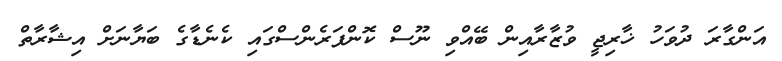
އަންގާރަ ދުވަހު ޚާރިޖީ ވުޒާރާއިން ބޭއްވި ނޫސް ކޮންފަރެންސްގައި ކެނެޑާގެ ބަޔާނަށް އިޝާރާތް